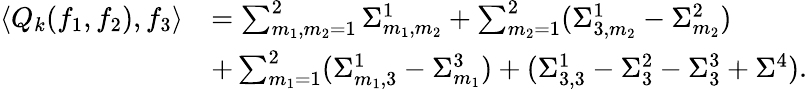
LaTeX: \begin{array}{rl}{\langle Q_{k}(f_{1},f_{2}),f_{3}\rangle}&{=\sum_{m_{1},m_{2}=1}^{2}\Sigma_{m_{1},m_{2}}^{1}+\sum_{m_{2}=1}^{2}(\Sigma_{3,m_{2}}^{1}-\Sigma_{m_{2}}^{2})}\\ &{+\sum_{m_{1}=1}^{2}(\Sigma_{m_{1},3}^{1}-\Sigma_{m_{1}}^{3})+(\Sigma_{3,3}^{1}-\Sigma_{3}^{2}-\Sigma_{3}^{3}+\Sigma^{4}).}\end{array}